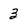
Character: 3